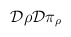
\begin{align*} {\cal D} \rho {\cal D} \pi_\rho\end{align*}